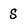
Character: S